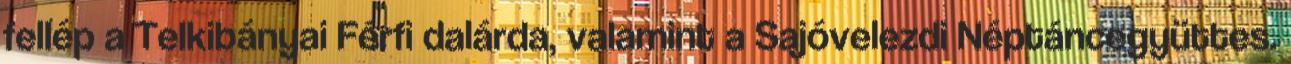
fellép a Telkibányai Férfi dalárda, valamint a Sajóvelezdi Néptáncegyüttes.